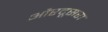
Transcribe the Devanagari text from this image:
औरदूसरा